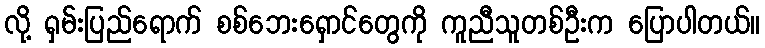
လို့ ရှမ်းပြည်ရောက် စစ်ဘေးရှောင်တွေကို ကူညီသူတစ်ဦးက ပြောပါတယ်။